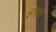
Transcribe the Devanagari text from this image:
हर।